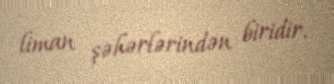
liman şəhərlərindən biridir.